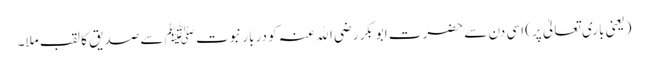
(یعنی باری تعالیٰ پر) اسی دن سے حضرت ابوبکر رضی اﷲ عنہ کو دربار نبوت ﷺ سے صدیق کا لقب ملا۔